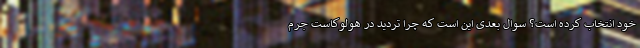
خود انتخاب کرده است؟ سوال بعدی این است که چرا تردید در هولوکاست جرم